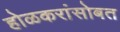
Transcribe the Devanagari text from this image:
होळकरांसोबत